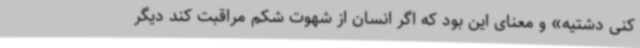
کنی دشتیه» و معنای این بود که اگر انسان از شهوت شکم مراقبت کند دیگر